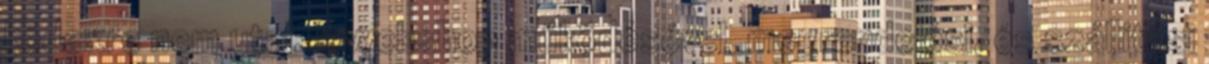
kódexre nem utal. A webshop működésével, megrendelési, és szállítási